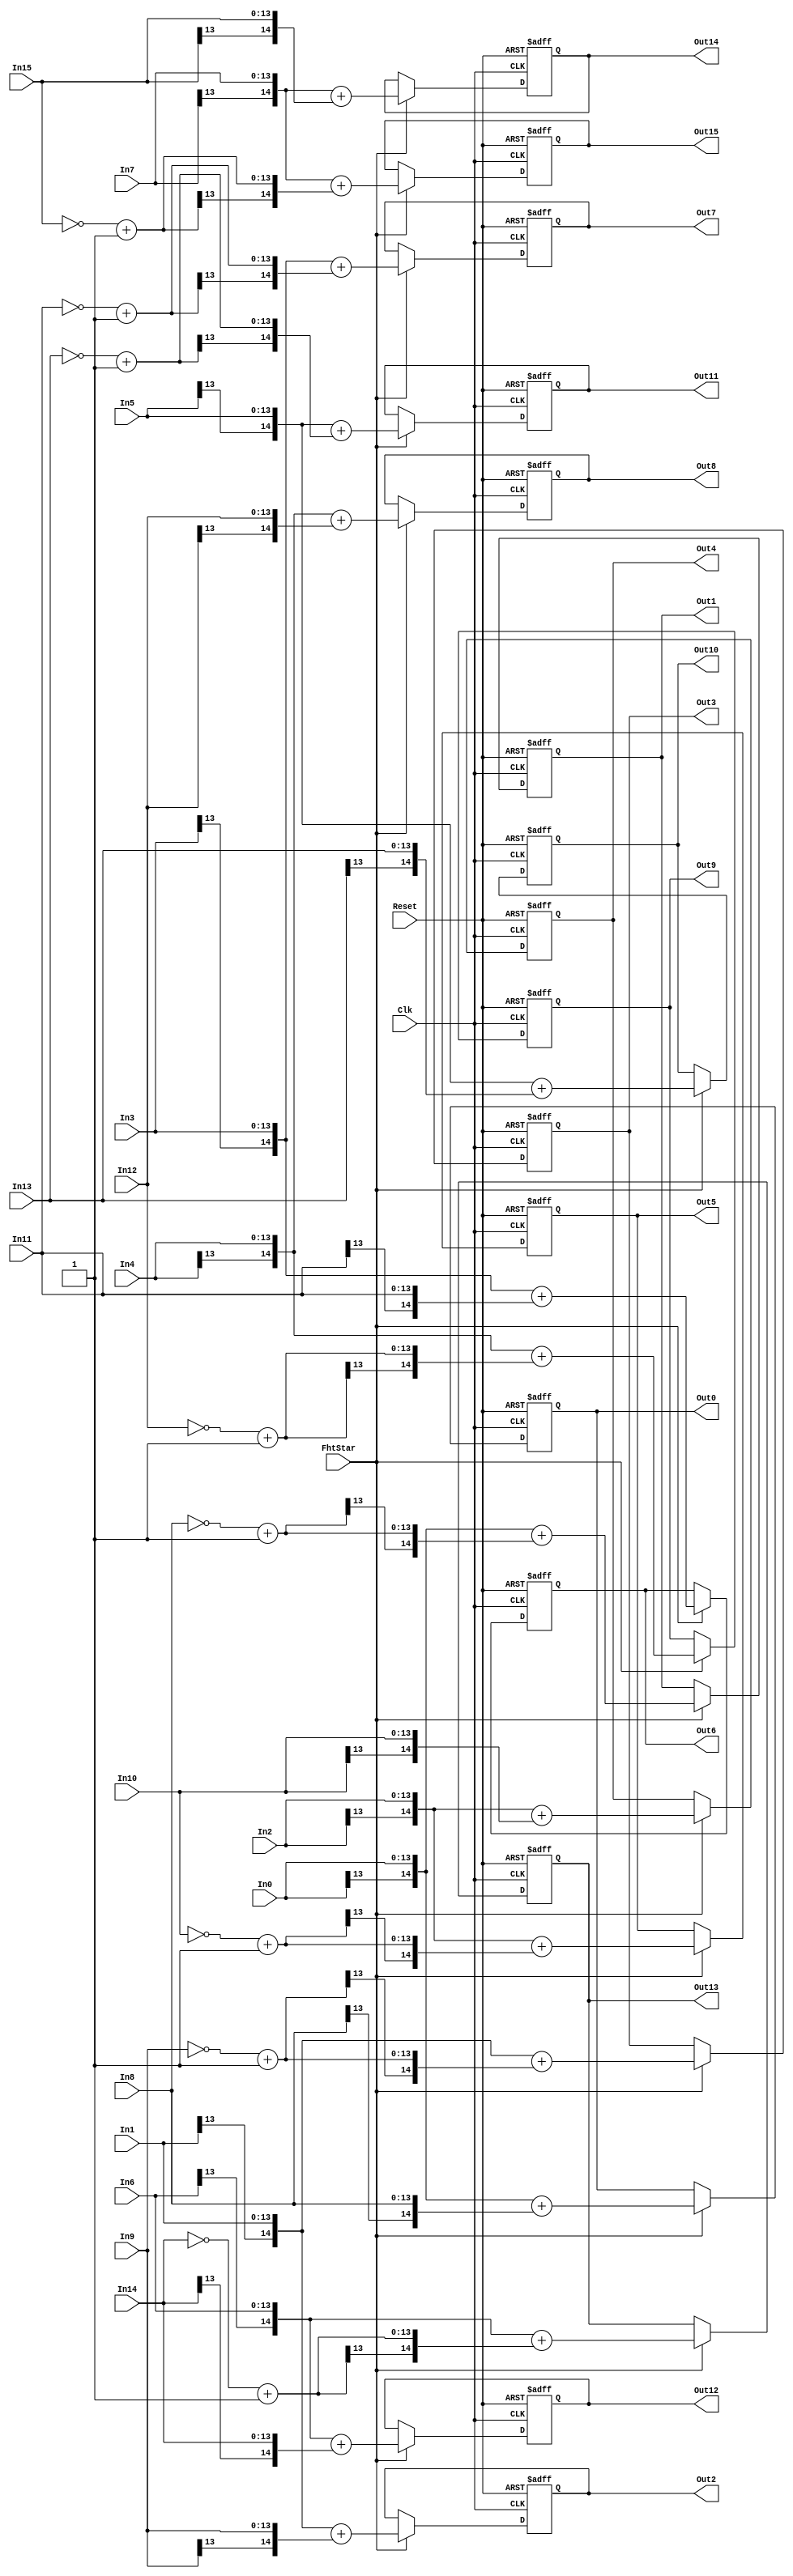
/************************************************************************/
/*         Fast Hadamard                                                */
/************************************************************************/
//Integer for loop;// Author : fb 
// Last Modi Date   : 2000.6 .9
// In; A/D compensate code
//In data buffer operation
// Clk; 1*chip clock
// Reset; globl Reset;
// Location; the code number 

module fht_unit3(Clk,Reset,FhtStar,
           In0,In1,In2,In3,In4,In5,In6,In7,In8,In9,In10,In11,In12,
           In13,In14,In15,
           Out0,Out1,Out2,Out3,Out4,Out5,Out6,Out7,Out8,Out9,Out10,Out11,Out12,
           Out13,Out14,Out15
           );

input Clk;
input Reset;
input FhtStar;
input [13:0] In0,In1,In2,In3,In4,In5,In6,In7,In8,In9;
input [13:0] In10,In11,In12,In13,In14,In15;
output [14:0] Out0,Out1,Out2,Out3,Out4,Out5,Out6,Out7,Out8,Out9;
output [14:0] Out10,Out11,Out12,Out13,Out14,Out15;


/* first Fht */
reg [14:0] Out0,Out1,Out2,Out3,Out4,Out5;
reg [14:0] Out6,Out7,Out8,Out9,Out10,Out11;
reg [14:0] Out12,Out13,Out14,Out15;

wire [13:0] In8Co =~In8+1;
wire [13:0] In9Co =~In9+1;
wire [13:0] In10Co=~In10+1;
wire [13:0] In11Co=~In11+1;
wire [13:0] In12Co=~In12+1;
wire [13:0] In13Co=~In13+1;
wire [13:0] In14Co=~In14+1;
wire [13:0] In15Co=~In15+1;

always @(posedge Clk or negedge Reset)
begin
  if(!Reset)
  begin
    Out0<=0;Out1<=0;Out2<=0;Out3<=0;Out4<=0;Out5<=0;Out6<=0;Out7<=0;
    Out8<=0;Out9<=0;Out10<=0;Out11<=0;Out12<=0;Out13<=0;Out14<=0;Out15<=0;
  end
  else
  begin
    if(FhtStar)
    begin
    Out0<={In0[13],In0 }+{In8[13],In8 };
    Out1<={In0[13],In0 }+{In8Co[13],In8Co };
    Out2<={In1[13],In1 }+{In9[13],In9 };
    Out3<={In1[13],In1 }+{In9Co[13],In9Co };
    Out4<={In2[13],In2 }+{In10[13],In10 };
    Out5<={In2[13],In2 }+{In10Co[13],In10Co };
    Out6<={In3[13],In3 }+{In11[13],In11 };
    Out7<={In3[13],In3 }+{In11Co[13],In11Co };
    Out8<={In4[13],In4 }+{In12[13],In12 };
    Out9<={In4[13],In4 }+{In12Co[13],In12Co };
    Out10<={In5[13],In5 }+{In13[13],In13 };
    Out11<={In5[13],In5 }+{In13Co[13],In13Co };
    Out12<={In6[13],In6 }+{In14[13],In14 };
    Out13<={In6[13],In6 }+{In14Co[13],In14Co };
    Out14<={In7[13],In7 }+{In15[13],In15 };
    Out15<={In7[13],In7 }+{In15Co[13],In15Co };
    end
  end
end

endmodule